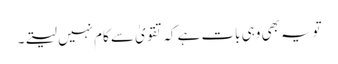
تویہ بھی وہی بات ہے کہ تقویٰ سے کام نہیں لیتے۔